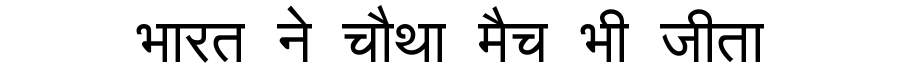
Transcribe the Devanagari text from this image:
भारत ने चौथा मैच भी जीता